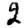
Digit: 2